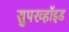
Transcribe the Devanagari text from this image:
सुपरव्हॉइड